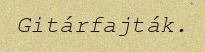
Gitárfajták.